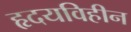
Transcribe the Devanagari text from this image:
हृदयविहीन